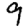
Digit: 9